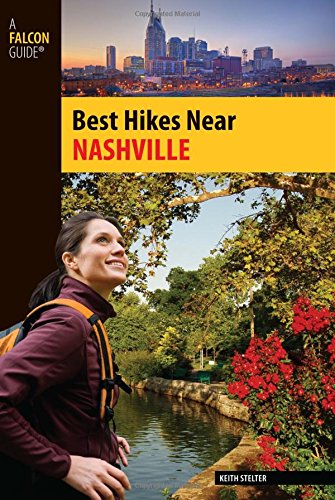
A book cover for Best Hikes Near Nashville (Best Hikes Near Series); Keith Stelter; Travel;